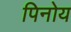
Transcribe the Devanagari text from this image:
पिनोय